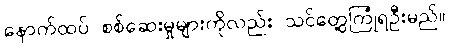
နောက်ထပ် စစ်ဆေးမှုများကိုလည်း သင်တွေ့ကြုံရဦးမည်။